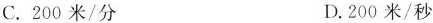
C.200米/分 D.200米/秒